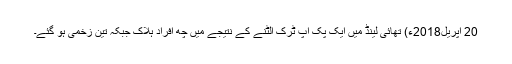
20 اپریل2018ء) تھائی لینڈ میں ایک پک اپ ٹرک الٹنے کے نتیجے میں چھ افراد ہلاک جبکہ تین زخمی ہو گئے۔